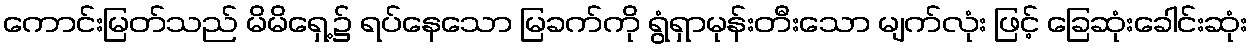
ကောင်းမြတ်သည် မိမိရှေ့၌ ရပ်နေသော မြခက်ကို ရွံရှာမုန်းတီးသော မျက်လုံး ဖြင့် ခြေဆုံးခေါင်းဆုံး